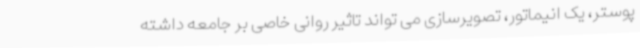
پوستر، یک انیماتور، تصویرسازی می تواند تاثیر روانی خاصی بر جامعه داشته